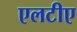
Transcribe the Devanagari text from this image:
एलटीए